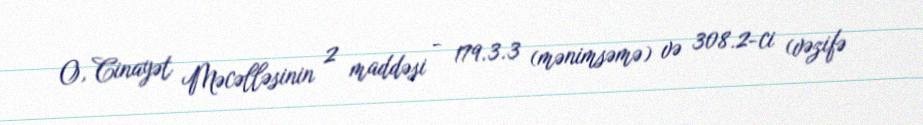
O, Cinayət Məcəlləsinin 2 maddəsi - 179.3.3 (mənimsəmə) və 308.2-ci (vəzifə